Scottish Leaving Certificate Examination, 1952
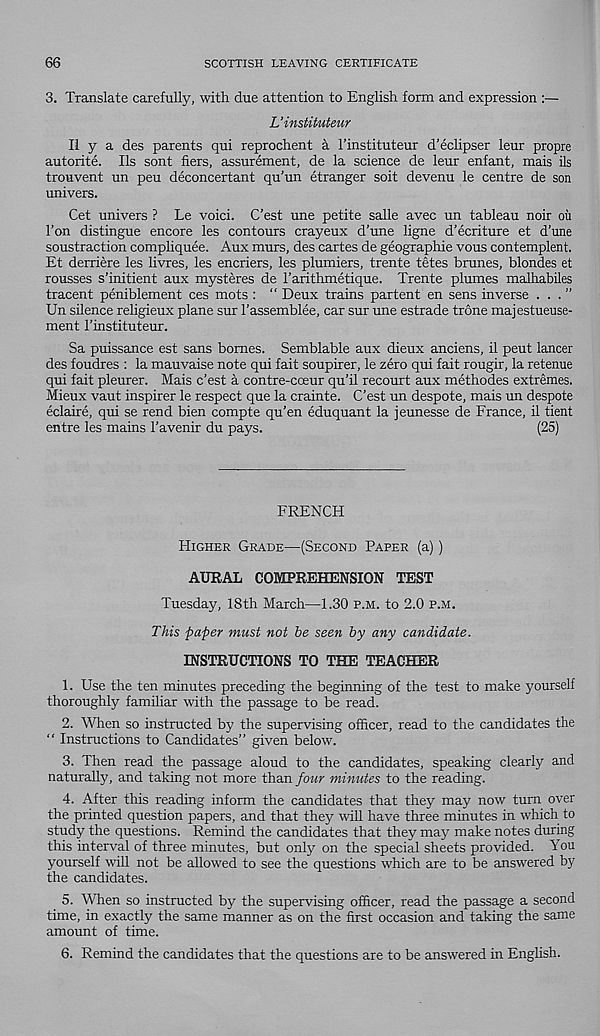
66
SCOTTISH LEAVING CERTIFICATE
3. Translate carefully, with due attention to English form and expression :—
L’instituteur
II y a des parents qui reprochent a 1’instituteur d’eclipser leur propre
autorite. Ils sont hers, assurement, de la science de leur enfant, mais ils
trouvent un peu deconcertant qu’un etranger soit devenu le centre de son
univers.
Get univers ? Le voici. C’est une petite salle avec un tableau noir on
Ton distingue encore les contours crayeux d’une ligne d'ecriture et d’une
soustraction compliquee. Aux murs, des cartes de geographie vous contemplent.
Et derriere les livres, les encriers, les plumiers, trente tetes brunes, blondes et
rousses s’initient aux mysteres de rarithmetique. Trente plumes malhabiles
tracent peniblement ces mots : “ Deux trains partent en sens inverse . . . ”
Un silence religieux plane sur I’assemblee, car sur une estrade trone majestueuse-
ment I’instituteur.
Sa puissance est sans bomes. Semblable aux dieux anciens, il peut lancer
des foudres : la mauvaise note qui fait soupirer, le zero qui fait rougir, la retenue
qui fait pleurer. Mais c’est a contre-cceur qu’il recourt aux methodes extremes.
Mieux vaut inspirer le respect que la crainte. C’est un despote, mais un despote
eclaire, qui se rend bien compte qu’en eduquant la jeunesse de France, il tient
entre les mains 1’avenir du pays.
(25)
FRENCH
Higher Grade—(Second Paper (a))
AURAL COMPREHENSION TEST
Tuesday, ISth March—1.30 p.m. to 2.0 p.m.
This paper must not be seen by any candidate.
INSTRUCTIONS TO THE TEACHER
1. Use the ten minutes preceding the beginning of the test to make yourself
thoroughly familiar with the passage to be read.
2. When so instructed by the supervising officer, read to the candidates the
“ Instructions to Candidates” given below.
3. Then read the passage aloud to the candidates, speaking clearly and
naturally, and taking not more than four minutes to the reading.
4. After this reading inform the candidates that they may now turn over
the printed question papers, and that they will have three minutes in which to
study the questions. Remind the candidates that they may make notes during
this interval of three minutes, but only on the special sheets provided. You
yourself will not be allowed to see the questions which are to be answered by
the candidates.
5. When so instructed by the supervising officer, read the passage a second
time, in exactly the same manner as on the first occasion and taking the same
amount of time.
6. Remind the candidates that the questions are to be answered in Enghsh.